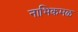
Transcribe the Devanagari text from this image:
नाभिकमळ